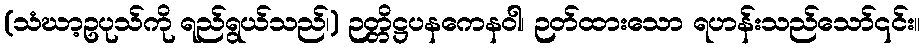
(သံဃာ့ဥပုသ်ကို ရည်ရွယ်သည်၊) ဉတ္တိဋ္ဌပနကေနဝါ၊ ဉတ်ထားသော ရဟန်းသည်သော်၎င်း။